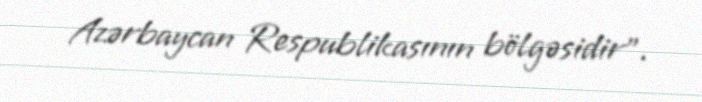
Azərbaycan Respublikasının bölgəsidir”.